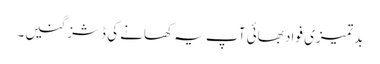
بد تمیزی فواد بھائی آپ یہ کھانے کی ڈشز گنیں۔